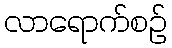
လာရောက်စဉ်